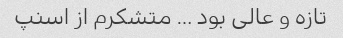
تازه و عالی بود … متشکرم از اسنپ